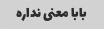
بابا معنی نداره